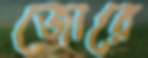
জোরে